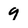
Character: 9